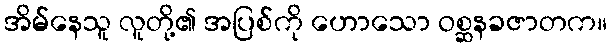
အိမ်နေသူ လူတို့၏ အပြစ်ကို ဟောသော ဝစ္ဆနခဇာတက။